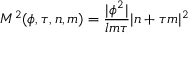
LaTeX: M ^ { 2 } ( \phi , \tau , n , m ) = \frac { | \phi ^ { 2 } | } { l m \tau } | n + \tau m | ^ { 2 }